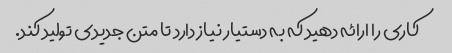
کاری را ارائه دهید که به دستیار نیاز دارد تا متن جدیدی تولید کند.